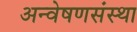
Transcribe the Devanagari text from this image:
अन्वेषणसंस्था